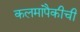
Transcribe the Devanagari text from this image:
कलमांपैकीची